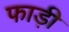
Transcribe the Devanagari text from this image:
फाड़ी